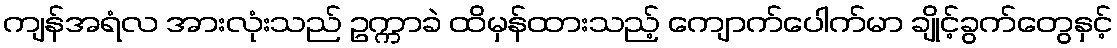
ကျန်အရံလ အားလုံးသည် ဥက္ကာခဲ ထိမှန်ထားသည့် ကျောက်ပေါက်မာ ချိုင့်ခွက်တွေနှင့်